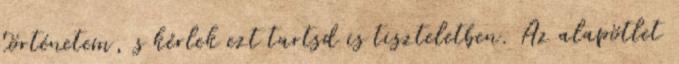
történetem, s kérlek ezt tartsd is tiszteletben. Az alapötlet